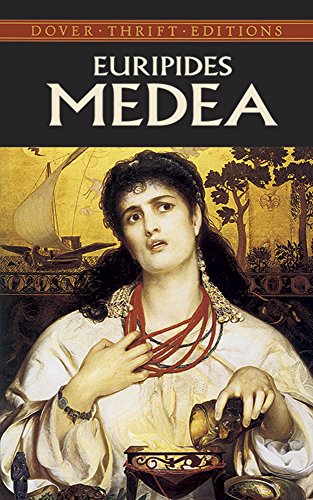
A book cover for Medea (Dover Thrift Editions); Euripides; Literature & Fiction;